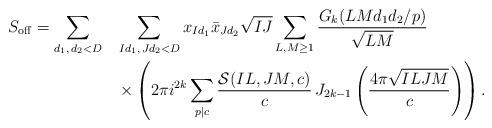
LaTeX: \begin{align*} S_{\mathrm{off}}=\sum_{d_1,\,d_2<D} \,\, \,\ &\sum_{Id_1, \,Jd_2<D}x_{Id_1}\bar{x}_{Jd_2}\sqrt{IJ}\sum_{L, M\geq 1}\frac{G_k(LMd_1d_2\slash p)}{\sqrt{LM}} \\ &\times\left(2 \pi i^{2k} \sum_{p|c}\frac{\mathcal{S}(IL, JM, c )}{c} \,J_{2k-1}\left(\frac{4\pi \sqrt{ILJM}}{c}\right)\right).\end{align*}